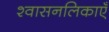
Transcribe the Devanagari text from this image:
श्वासनलिकाएँ